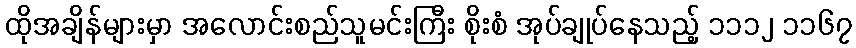
ထိုအချိန်များမှာ အလောင်းစည်သူမင်းကြီး စိုးစံ အုပ်ချုပ်နေသည့် ၁၁၁၂ ၁၁၆၇